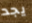
يجد